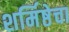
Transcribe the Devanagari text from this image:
शर्मिष्ठेचा